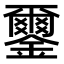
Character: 𨮪